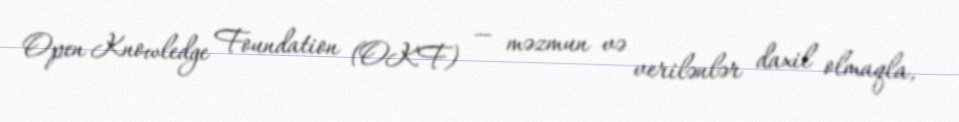
Open Knowledge Foundation (OKF) — məzmun və verilənlər daxil olmaqla,